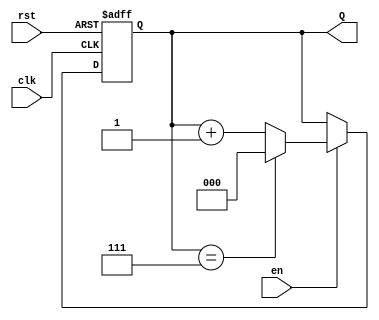
module binary_up_counter (
    input wire clk,      // Clock signal
    input wire rst,      // Asynchronous reset signal
    input wire en,       // Enable signal
    output reg [2:0] Q   // 3-bit output for the count value
);

// Always block triggered on the rising edge of the clock or when reset is asserted
always @(posedge clk or posedge rst) begin
    if (rst) begin
        // Asynchronous reset: set count to 0
        Q <= 3'b000;
    end else if (en) begin
        // Increment the count when enabled
        if (Q == 3'b111) begin
            Q <= 3'b000; // Wrap around to 0 when max count is reached
        end else begin
            Q <= Q + 1;   // Increment the count
        end
    end
    // If enable is low, Q retains its current value
end

endmodule